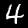
Label: 4